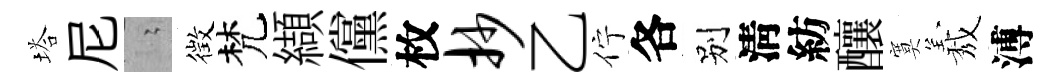
塔尼隐徴梵纈儻枚抄乙佇各别淸紡釀寞𦏁溥